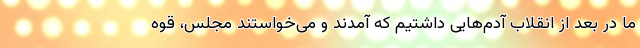
ما در بعد از انقلاب آدم‌هایی داشتیم که آمدند و می‌خواستند مجلس، قوه